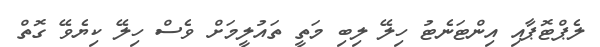
ލެޕްޓޮޕާއި އިންޓަނެޓު ހިލޭ ލިބި މަތީ ތައުލީމަށް ވެސް ހިލޭ ކިޔެވޭ ގޮތް